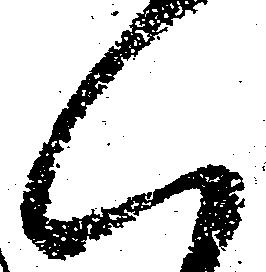
候